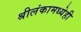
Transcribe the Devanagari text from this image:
श्रीलंकामध्येही